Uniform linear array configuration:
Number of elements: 24
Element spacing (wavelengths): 0.75
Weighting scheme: hamming
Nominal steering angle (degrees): -30
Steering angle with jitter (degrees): -28.001
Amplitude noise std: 0.05
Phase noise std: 0.05

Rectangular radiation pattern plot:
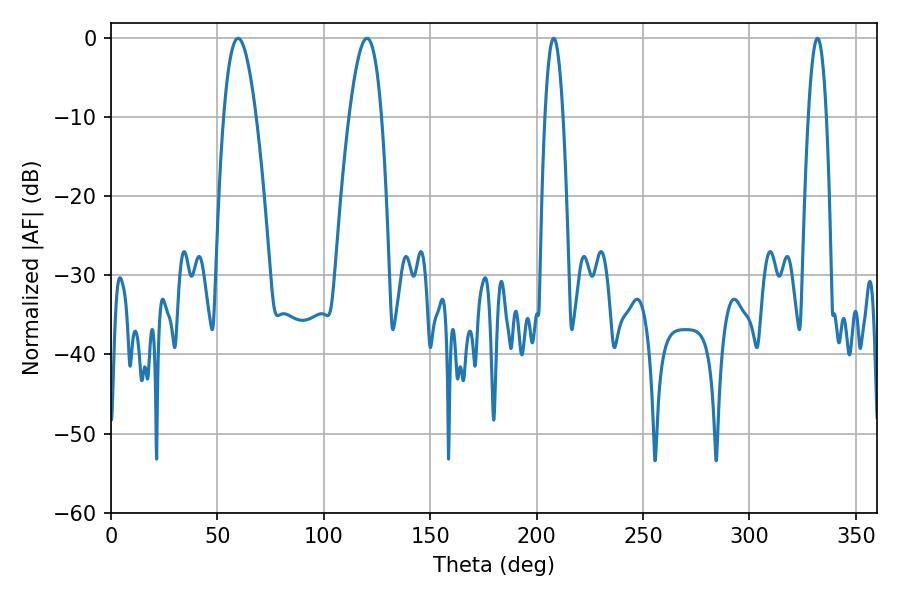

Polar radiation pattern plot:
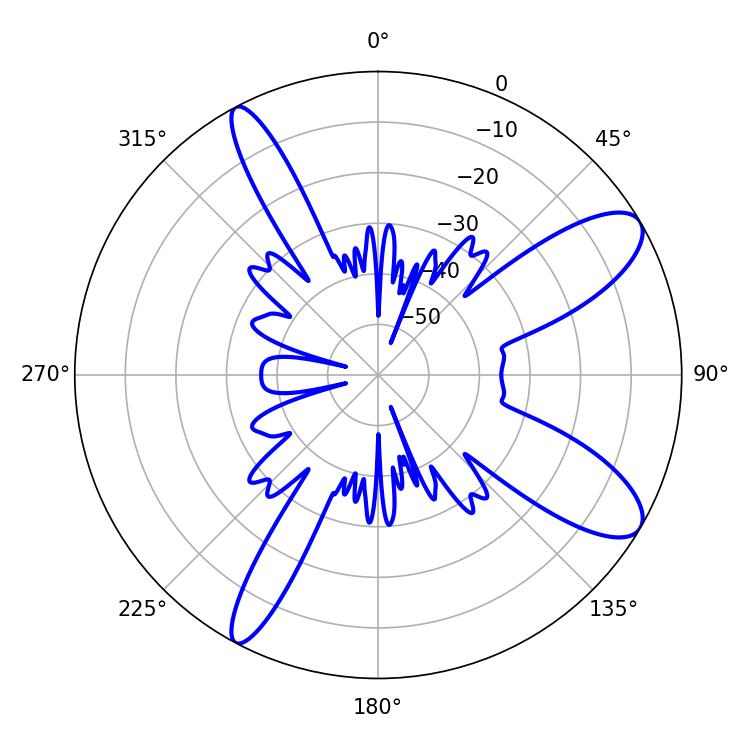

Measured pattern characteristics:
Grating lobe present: TRUE
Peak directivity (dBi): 10.237
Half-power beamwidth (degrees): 8.28
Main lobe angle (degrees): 59.76